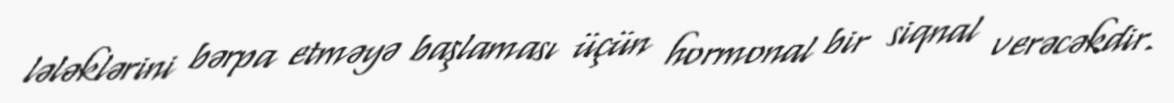
lələklərini bərpa etməyə başlaması üçün hormonal bir siqnal verəcəkdir.